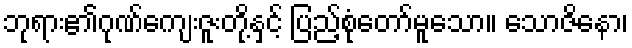
ဘုရား၏ဂုဏ်ကျေးဇူးတို့နှင့် ပြည့်စုံတော်မူသော။ သောဇိနော၊